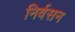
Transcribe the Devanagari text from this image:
निर्वसन